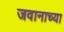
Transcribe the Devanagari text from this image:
जवानाच्या